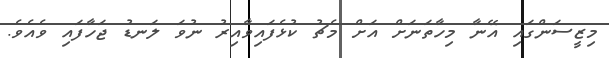
މިޒީސަންގައި އޭނާ މިހާތަނަށް އަށް މެޗު ކުޅެފައިވާއިރު ނުވަ ލަނޑު ޖަހާފައި ވެއެވެ.